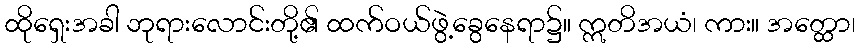
ထိုရှေးအခါ ဘုရားလောင်းတို့၏ ထက်ဝယ်ဖွဲ့ခွေနေရာ၌။ ဣတိအယံ၊ ကား။ အတ္ထော၊